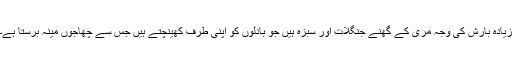
زیادہ بارش کی وجہ مری کے گھنے جنگلات اور سبزہ ہیں جو بادلوں کو اپنی طرف کھینچتے ہیں جس سے چھاجوں مینہ برستا ہے۔